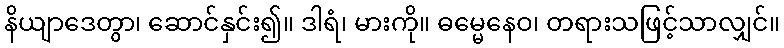
နိယျာဒေတွာ၊ ဆောင်နှင်း၍။ ဒါရံ၊ မားကို။ ဓမ္မေနေဝ၊ တရားသဖြင့်သာလျှင်။